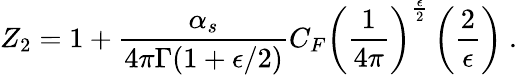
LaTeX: Z_{2}=1+{\frac{\alpha_{s}}{4\pi\Gamma(1+\epsilon/2)}}C_{F}\left({\frac{1}{4\pi}}\right)^{{\frac{\epsilon}{2}}}\left({\frac{2}{\epsilon}}\right)\ .